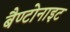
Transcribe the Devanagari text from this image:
बैण्टोनाइट